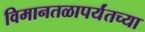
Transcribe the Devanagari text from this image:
विमानतळापर्यंतच्या